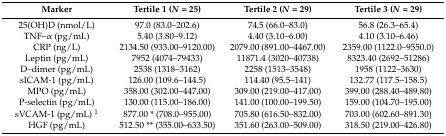
<table><thead><tr><td><b>Marker</b></td><td><b>Tertile 1 (<i>N</i> = 25)</b></td><td><b>Tertile 2 (<i>N</i> = 29)</b></td><td><b>Tertile 3 (<i>N</i> = 29)</b></td></tr></thead><tbody><tr><td>25(OH)D (nmol/L)</td><td>97.0 (83.0–202.6)</td><td>74.5 (66.0–83.0)</td><td>56.8 (26.3–65.4)</td></tr><tr><td>TNF–α (pg/mL)</td><td>5.40 (3.80–9.12)</td><td>4.40 (3.10–6.00)</td><td>4.10 (3.10–6.46)</td></tr><tr><td>CRP (ng/L)</td><td>2134.50 (933.00–9120.00)</td><td>2079.00 (891.00–4467.00)</td><td>2359.00 (1122.0–9550.0)</td></tr><tr><td>Leptin (pg/mL)</td><td>7952 (4074–79433)</td><td>11871.4 (3020–40738)</td><td>8323.40 (2692–51286)</td></tr><tr><td>D–dimer (pg/mL)</td><td>2538 (1318–3162)</td><td>2258 (1513–3548)</td><td>1958 (1122–3630)</td></tr><tr><td>sICAM-1 (pg/mL)</td><td>126.00 (109.6–144.5)</td><td>114.40 (95.5–141)</td><td>132.77 (117.5–158.5)</td></tr><tr><td>MPO (pg/mL)</td><td>358.00 (302.00–447.00)</td><td>309.00 (219.00–417.00)</td><td>399.00 (288.40–489.80)</td></tr><tr><td>P-selectin (pg/mL)</td><td>130.00 (115.00–186.00)</td><td>141.00 (100.00–199.50)</td><td>159.00 (104.70–195.00)</td></tr><tr><td>sVCAM-1 (pg/mL) <sup>1</sup></td><td>877.00 * (708.0–955.00)</td><td>705.80 (616.50–832.00)</td><td>703.00 (602.60–891.30)</td></tr><tr><td>HGF (pg/mL)</td><td>512.50 ** (355.00–633.50)</td><td>351.60 (263.00–509.00)</td><td>318.50 (219.00–426.80)</td></tr></tbody></table>